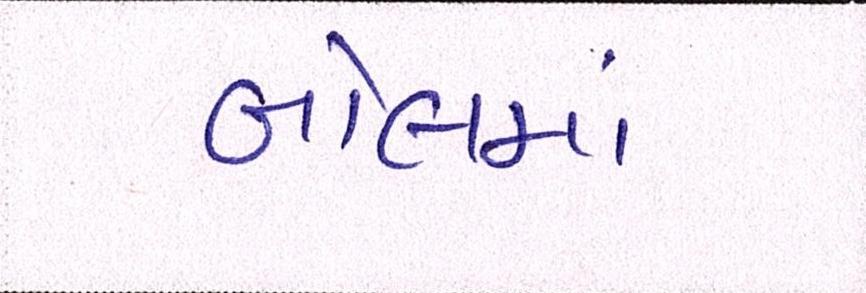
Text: બોલમાં